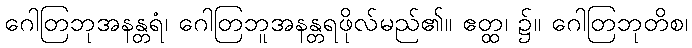
ဂေါတြဘုအနန္တရံ၊ ဂေါတြဘူအနန္တရဖိုလ်မည်၏။ ဧတ္ထ၊ ၌။ ဂေါတြဘုတိစ၊